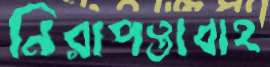
নিরাপত্তাবাহ